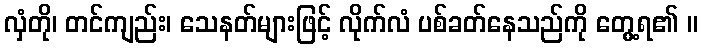
လှံတို၊ တင်ကျည်း၊ သေနတ်များဖြင့် လိုက်လံ ပစ်ခတ်နေသည်ကို တွေ့ရ၏ ။